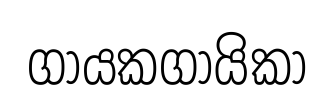
ගායකගායිකා